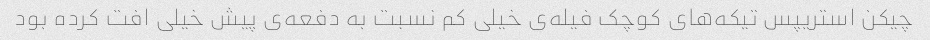
چیکن استریپس تیکه‌های کوچک فیله‌ی خیلی کم نسبت به دفعه‌ی پیش خیلی افت کرده بود